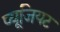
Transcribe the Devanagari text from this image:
प्यूजियट